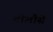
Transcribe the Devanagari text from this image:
टौलौसे